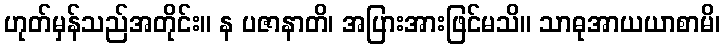
ဟုတ်မှန်သည်အတိုင်း။ န ပဇာနာတိ၊ အပြားအားဖြင်မသိ။ သာဓုအာယယာစာမိ၊